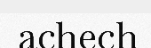
achech